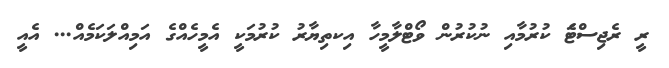
ރީ ރެޖިސްޓަެ ކުރުމާއި ނުކުރުން ވޯޓްލާމީހާ އިކތިޔާރު ކުރުމަކީ އެމީހެއްގެ އަމިއްލަކަމެއް... އެއީ